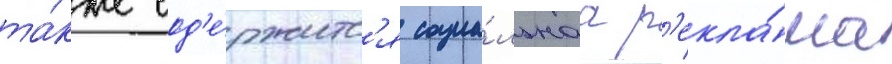
та́кже сод'е́ржитс'я социа́льнаа р'екла́ма